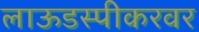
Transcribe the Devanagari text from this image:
लाऊडस्पीकरवर